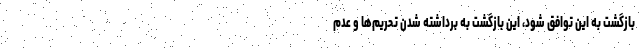
بازگشت به این توافق شود، این بازگشت به برداشته شدن تحریم‌ها و عدم